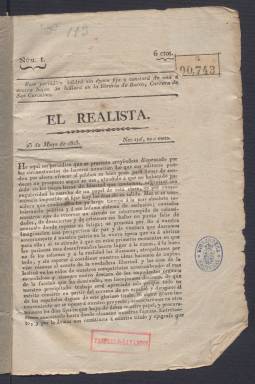
Título: El Realista (Madrid)
Colección: Periódicos anteriores a 1850
Ámbito geográfico: Madrid
Lugar de publicación: Madrid
Fechas: 23/05/1823-24/05/1823